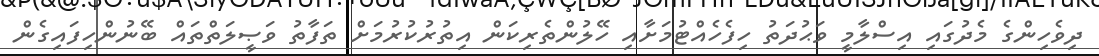
ދިވެހިންގެ މެދުގައި އިސްލާމީ ވަޙުދަތު ހިފެހެއްޓުމަށާއި ހޭލުންތެރިކަން އިތުރުކުރުމަށް ތަފާތު ވަޞީލަތްތައް ބޭނުންހިފައިގެން